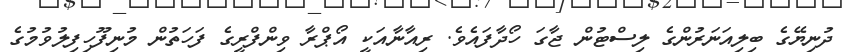
ދުނިޔޭގެ ބިލިއަނަރުންގެ ލިސްޓުން ޖާގަ ހޯދާފައެވެ. ރިއާނާއަކީ އޯޕްރާ ވިންފްރީގެ ފަހަތުން މުނިފޫހިފިލުވުމުގެ